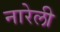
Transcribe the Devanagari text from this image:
नारेली